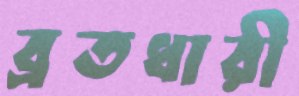
ব্রতধারী